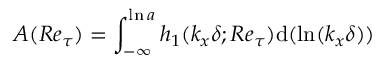
A ( R e _ { \tau } ) = \int _ { - \infty } ^ { \ln a } h _ { 1 } ( k _ { x } \delta ; R e _ { \tau } ) \mathrm { d } ( \ln ( k _ { x } \delta ) )